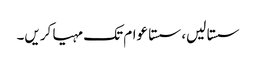
سستا لیں، سستا عوام تک مہیا کریں۔